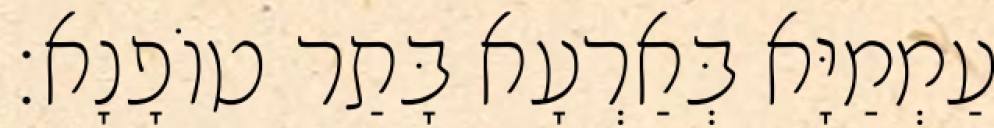
עַמְמַיָּא בְּאַרְעָא בָּתַר טוֹפָנָא׃